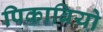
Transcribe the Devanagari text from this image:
पिकाबियो